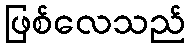
ဖြစ်လေသည်